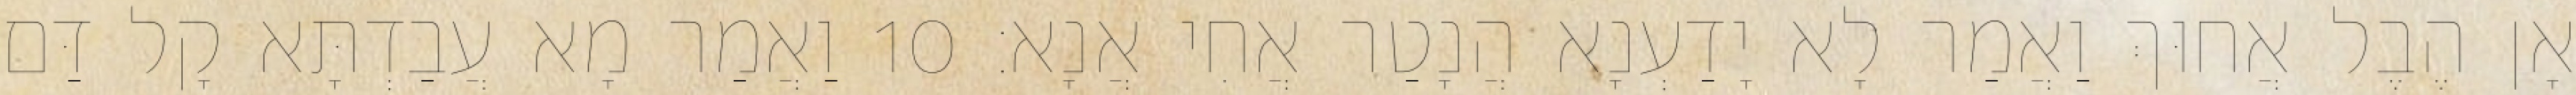
אָן הֶבֶל אֲחוּךְ וַאֲמַר לָא יָדַעְנָא הֲנָטַר אֲחִי אֲנָא׃ 10 וַאֲמַר מָא עֲבַדְתָּא קָל דַּם